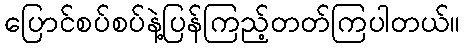
ပြောင်စပ်စပ်နဲ့ပြန်ကြည့်တတ်ကြပါတယ်။